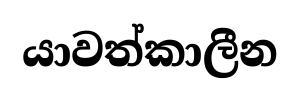
යාවත්කාලීන